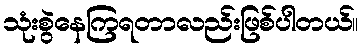
သုံးစွဲနေကြရတာလည်းဖြစ်ပါတယ်။